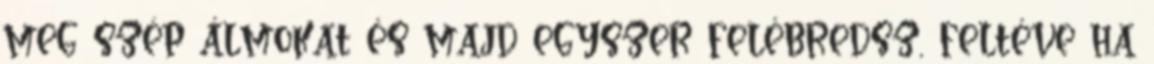
meg szép álmokat és majd egyszer felébredsz, feltéve ha